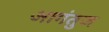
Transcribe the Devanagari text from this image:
आगंतुज